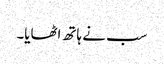
سب نے ہاتھ اٹھایا۔